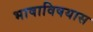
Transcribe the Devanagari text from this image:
भाषाविषयास